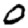
Digit: 0